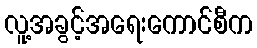
လူ့အခွင့်အရေးကောင်စီက